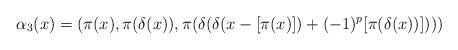
LaTeX: \begin{align*}\alpha_3(x)= (\pi(x), \pi(\delta(x)), \pi(\delta(\delta(x-[\pi(x)])+(-1)^p[\pi(\delta(x))]))) \end{align*}